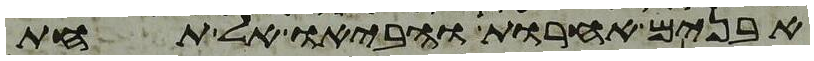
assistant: אבנים אחרות והביאו אל תחת